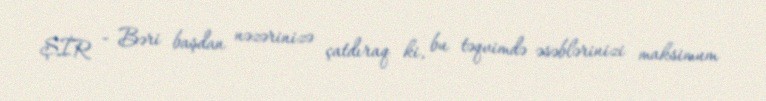
ŞİR - Bəri başdan nəzərinizə çatdıraq ki, bu təqvimdə əsəblərinizi maksimum